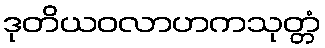
ဒုတိယဝလာဟကသုတ္တံ